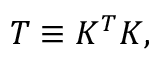
{ \displaystyle { \cal T } \equiv { \cal K } ^ { T } { \cal K } } ,